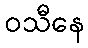
ဝသီနေ